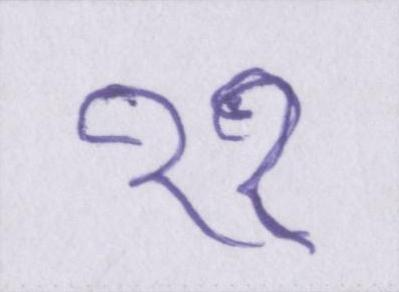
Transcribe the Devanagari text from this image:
११